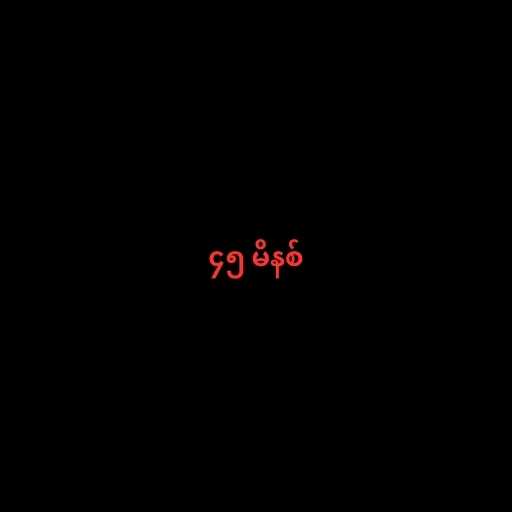
၄၅ မိနစ်